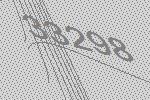
33298